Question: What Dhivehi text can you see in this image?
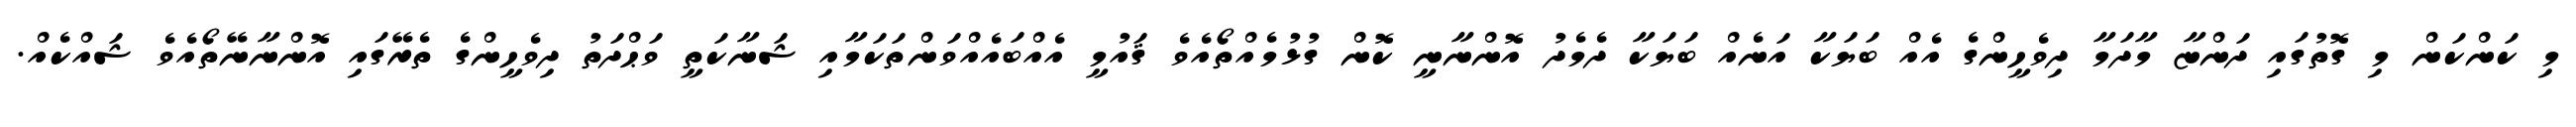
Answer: މި ކަންކަން މި ގޮތުގައި ދަންޏާ މާދަމާ ދިވެހީންގެ އެއް ބަޔަކާ އަނެއް ބަޔަކާ ދެމެދު އޮންނާނީ ކޮން ގުޅުމެއްތޯއެވެ ޤައުމީ އެއްބައެއްވަންތަކަމާއި ޝަނާކަތީ ވަޙްދަތު ދިވެހީންގެ ތެރޭގައި އޮންނާނޭތޯއެވެ ޝައްކެއް.